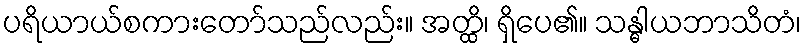
ပရိယာယ်စကားတော်သည်လည်း။ အတ္ထိ၊ ရှိပေ၏။ သန္ဓါယဘာသိတံ၊